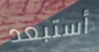
أستبعد